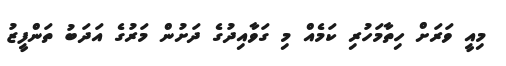
މިއީ ވަރަށް ހިތާމަހުރި ކަމެއް މި ގަވާއިދުގެ ދަށުން މަރުގެ އަދަބު ތަންފީޒު